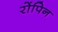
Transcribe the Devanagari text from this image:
रोंपिन